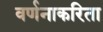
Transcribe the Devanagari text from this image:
वर्णनाकरिता